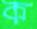
ক